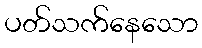
ပတ်သက်နေသော